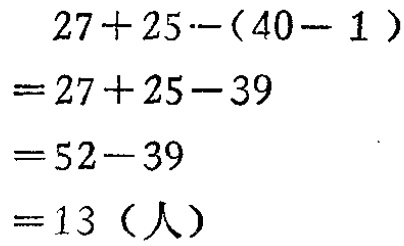
\[
\begin{align*}
&27 + 25-(40 - 1)\\
=&27 + 25-39\\
=&52-39\\
=&13 (\text{人})
\end{align*}
\]